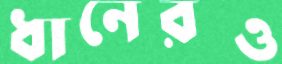
ধানেরও